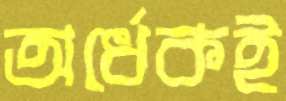
অর্ধেকই